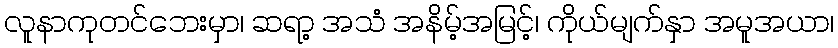
လူနာကုတင်ဘေးမှာ၊ ဆရာ့ အသံ အနိမ့်အမြင့်၊ ကိုယ်မျက်နှာ အမူအယာ၊